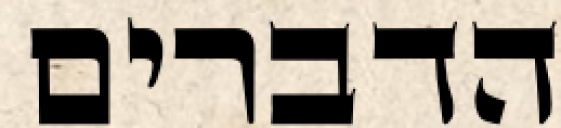
הדברים